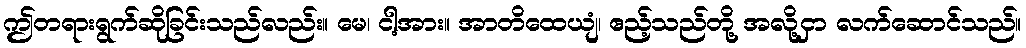
ဤတရားရွက်ဆိုခြင်းသည်လည်း။ မေ၊ ငါ့အား။ အာတိထေယျံ၊ ဧည့်သည်တို့ အလို့ငှာ လက်ဆောင်သည်။